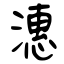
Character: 潓